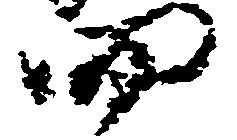
四